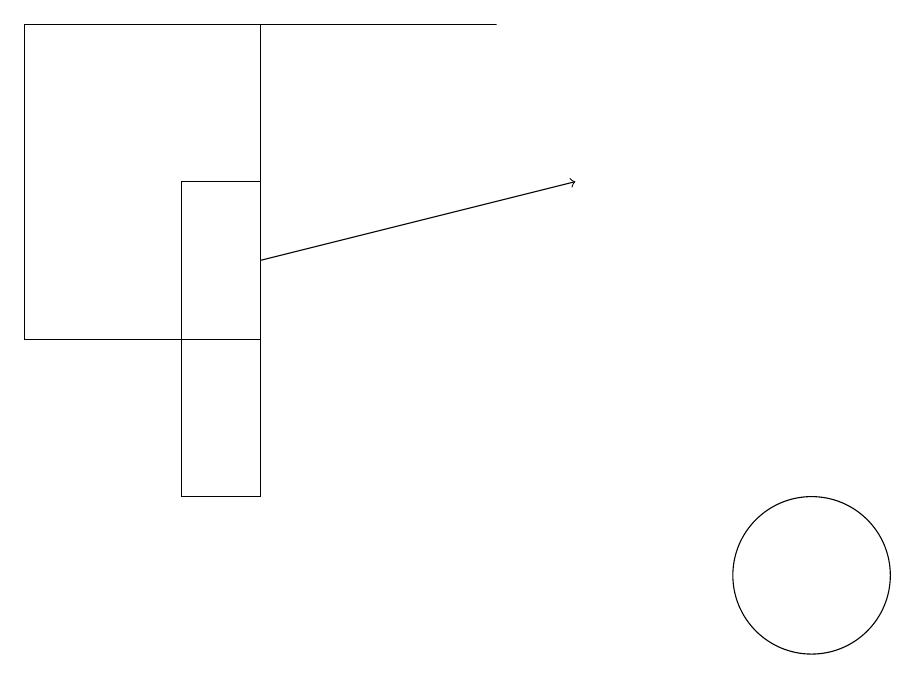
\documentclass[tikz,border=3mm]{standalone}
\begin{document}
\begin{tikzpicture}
\draw (11,11) circle (1);
\draw[->] (4,15) -- (8,16);
\draw (1,18) rectangle (4,14);
\draw (3,16) rectangle (4,12);
\draw (7,18) rectangle (2,18);
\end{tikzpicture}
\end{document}